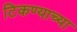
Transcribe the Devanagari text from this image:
टिकण्याच्या